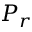
P _ { r }